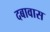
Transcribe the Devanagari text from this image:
दबावास